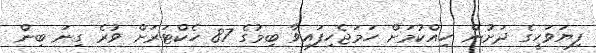
ފިޔަވަހީގެ ދަށުން ހިއްކުމަށް ހަމަޖެހިފައިވާ ބިމުގެ 87 ހެކްޓަރަށް ވުރެ ގިނަ ބިން